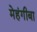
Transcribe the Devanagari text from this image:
मेहंगीबा